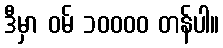
ဒီမှာ ဝမ် ၁၀၀၀၀ တန်ပါ။